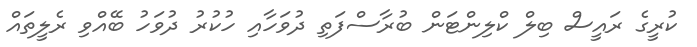
ކުރީގެ ރައީސް ބިލް ކްލިންޓަން ބުރާސްފަތި ދުވަހާއި ހުކުރު ދުވަހު ބޭއްވި ރެލީތައް